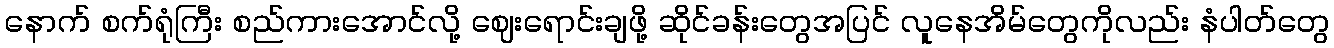
နောက် စက်ရုံကြီး စည်ကားအောင်လို့ ဈေးရောင်းချဖို့ ဆိုင်ခန်းတွေအပြင် လူနေအိမ်တွေကိုလည်း နံပါတ်တွေ